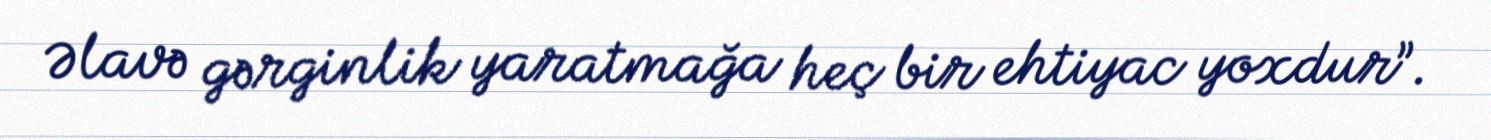
Əlavə gərginlik yaratmağa heç bir ehtiyac yoxdur”.